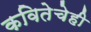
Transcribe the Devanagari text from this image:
कवितेचेही